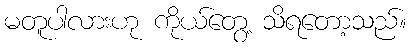
မတူပါလားဟု ကိုယ်တွေ့ သိရတော့သည်။